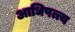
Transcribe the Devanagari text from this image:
आधिपत्त्य